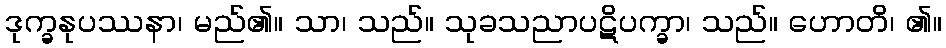
ဒုက္ခနုပဿနာ၊ မည်၏။ သာ၊ သည်။ သုခသညာပဋိပက္ခာ၊ သည်။ ဟောတိ၊ ၏။